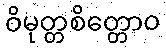
ဝိမုတ္တစိတ္တောဝ